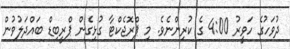
ދުވަހުގެ ހަވީރު 4:00 ގެ ކުރިންނެވެ. މި ޕްރޮޖެކްޓާ ގުޅިގެން ޕްރީބިޑް ބައްދަލުވުން